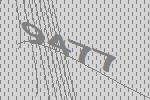
9477